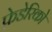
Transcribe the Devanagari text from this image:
फ़ेडेरिको